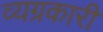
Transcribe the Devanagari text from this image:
व्यग्रकारी